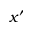
x ^ { \prime }